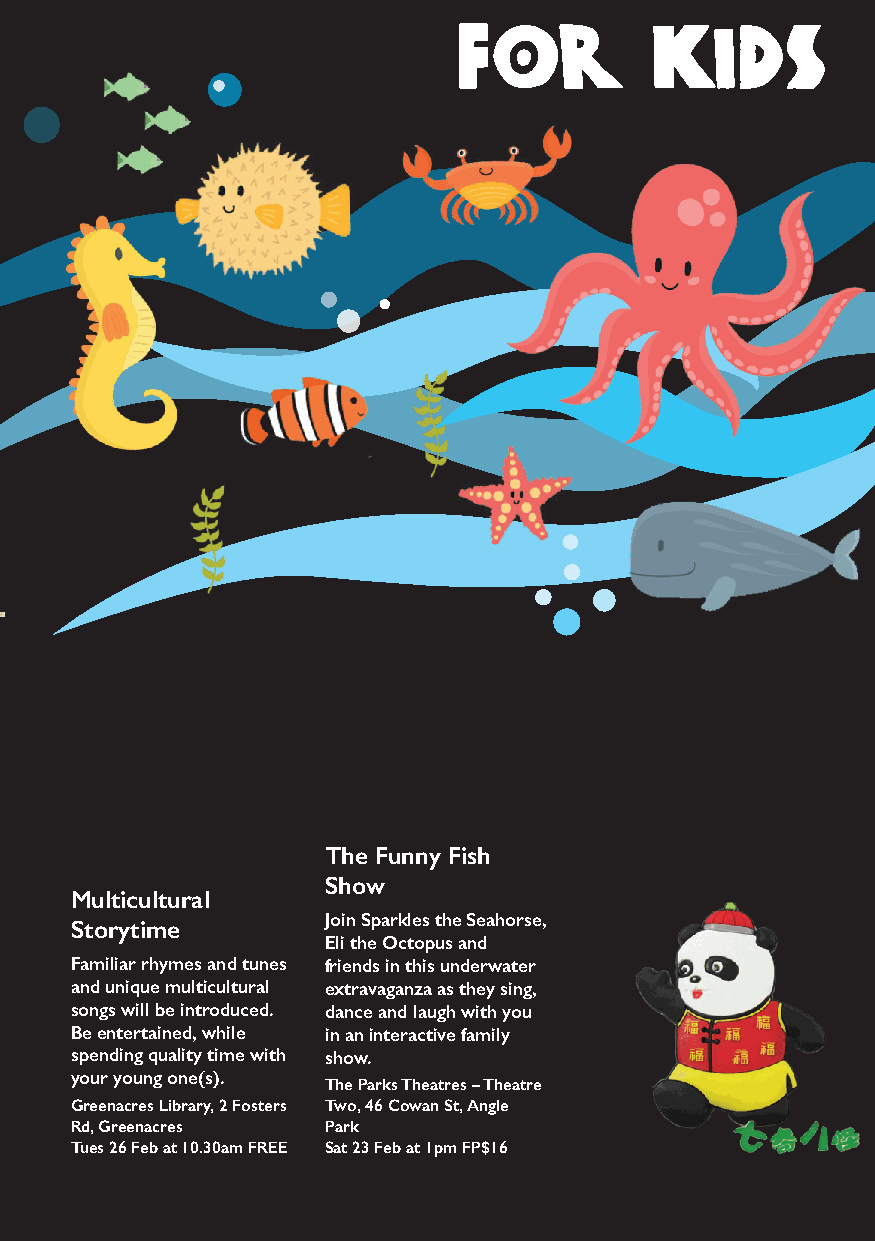
for          kids
 The Funny Fish
 Show
 Multicultural
 Join Sparkles the Seahorse,
 Storytime
 Eli the Octopus and
 Familiar rhymes and tunes friends in this underwater
 and unique multicultural extravaganza as they sing,
 songs will be introduced. dance and laugh with you
 Be entertained, while in an interactive family
 spending quality time with show.
 your young one(s).
 The Parks Theatres – Theatre
 Greenacres Library, 2 Fosters Two, 46 Cowan St, Angle
 Rd, Greenacres   Park
 Tues 26 Feb at 10.30am FREE Sat 23 Feb at 1pm FP$16